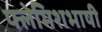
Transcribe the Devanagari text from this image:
फ्लेमिशभाषी